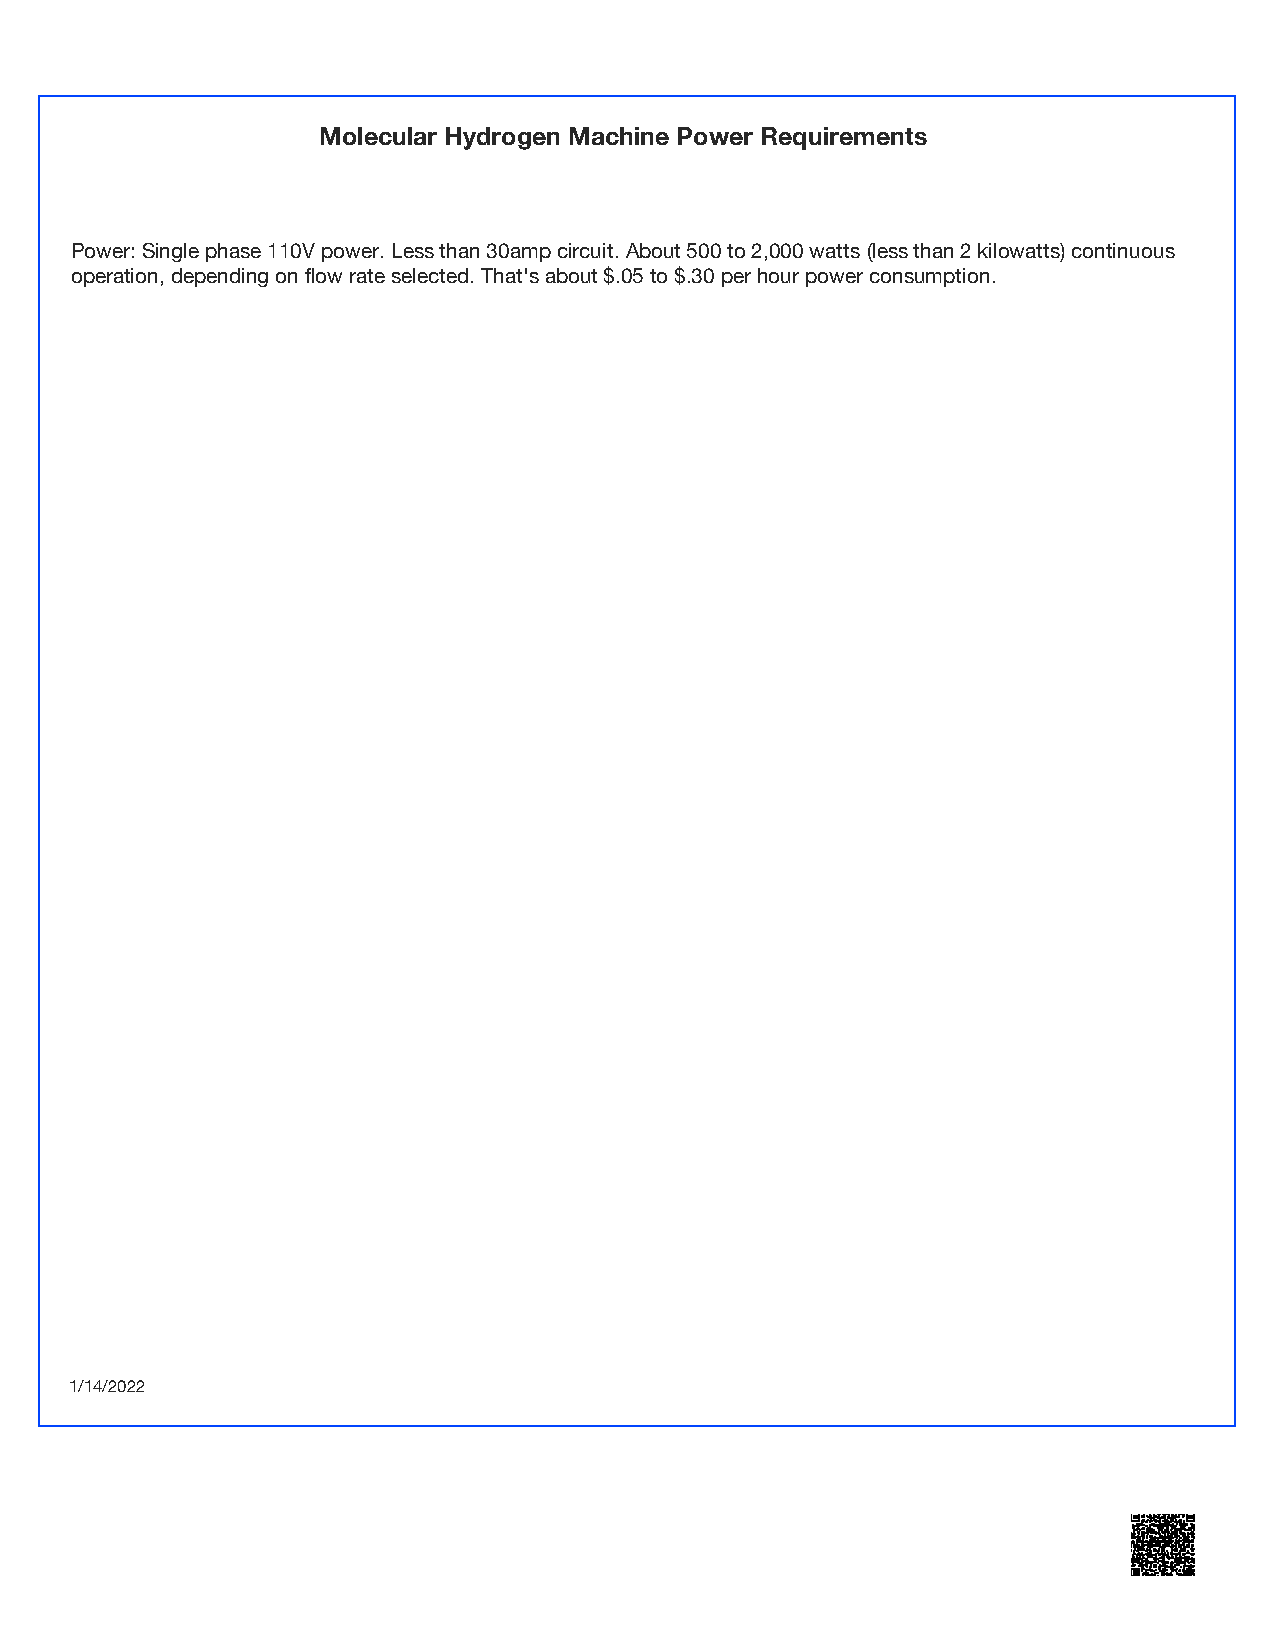
Molecular Hydrogen Machine Power Requirements
 Power: Single phase 110V power. Less than 30amp circuit. About 500 to 2,000 watts (less than 2 kilowatts) continuous
 operation, depending on flow rate selected. That's about $.05 to $.30 per hour power consumption.
 1/14/2022